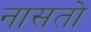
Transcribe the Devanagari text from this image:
नासतो